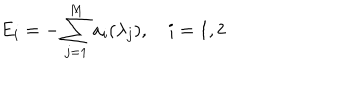
LaTeX: E _ { i } = - \sum _ { j = 1 } ^ { M } a _ { i } ( \lambda _ { j } ) , \quad i = 1 , 2